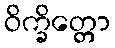
ဝိက္ခိတ္တော